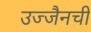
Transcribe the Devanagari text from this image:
उज्जैनची